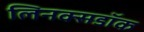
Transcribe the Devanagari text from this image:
लिनक्सडॉक